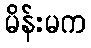
မိန်းမက